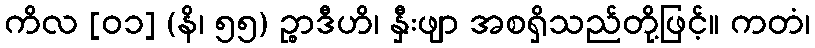
ကိလ [၀၁] (နိ၊ ၅၅) ဉ္စာဒီဟိ၊ နှီးဖျာ အစရှိသည်တို့ဖြင့်။ ကတံ၊